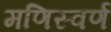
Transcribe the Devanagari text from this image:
मणिस्वर्ण